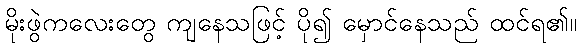
မိုးဖွဲကလေးတွေ ကျနေသဖြင့် ပို၍ မှောင်နေသည် ထင်ရ၏။